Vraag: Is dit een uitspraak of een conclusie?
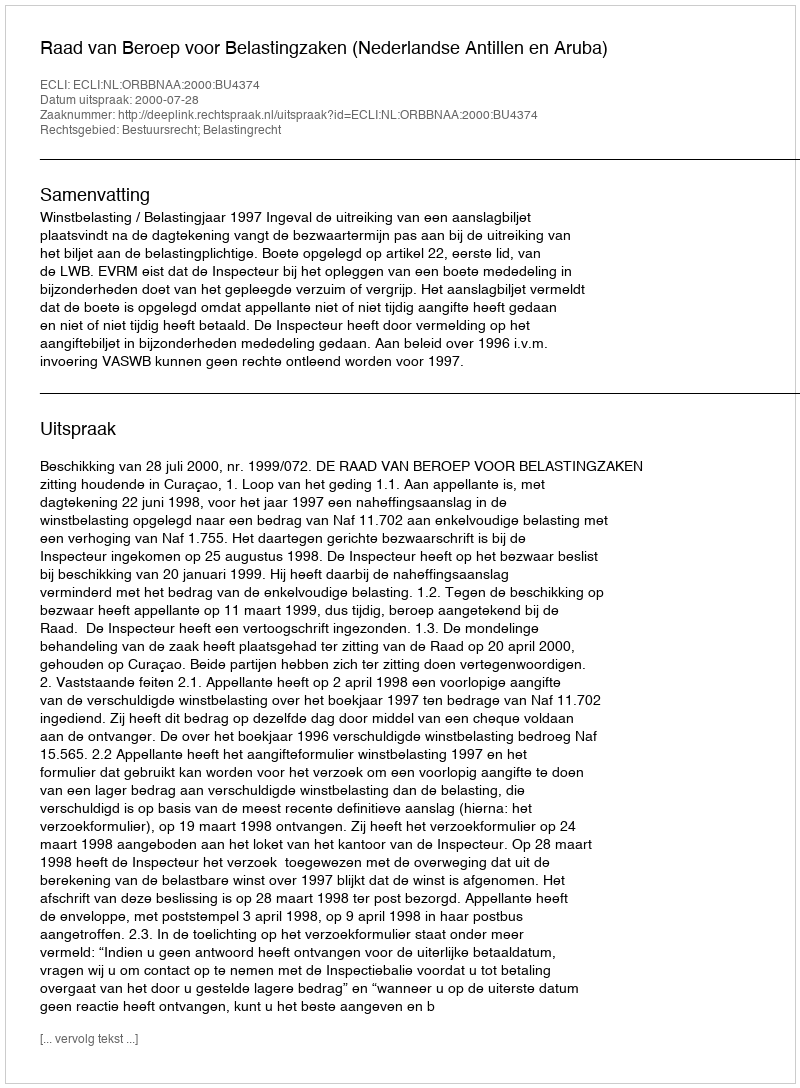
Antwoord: Uitspraak